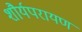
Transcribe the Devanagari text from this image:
शौर्यपरायण